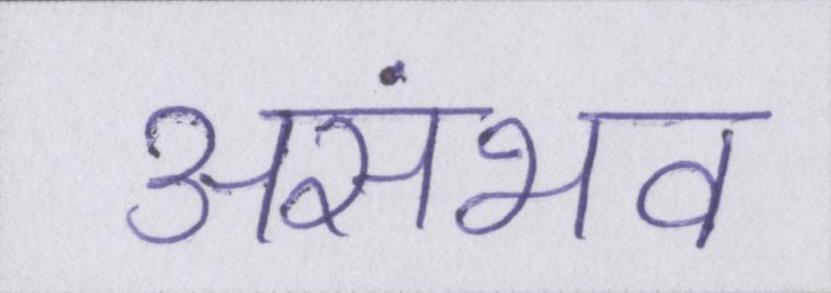
असंभव